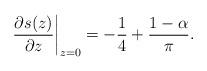
LaTeX: \begin{align*}\left.\frac{\partial s(z)}{\partial z}\right|_{z=0}=-\frac{1}{4}+\frac{1-\alpha}{\pi}.\end{align*}